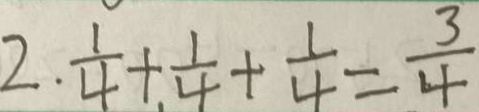
2 . \frac { 1 } { 4 } + . \frac { 1 } { 4 } + \frac { 1 } { 4 } = \frac { 3 } { 4 }